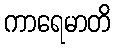
ကာရေမာတိ